Bréfritari: Ólafur Ólafsson
Viðtakandi: Jón Borgfirðingur
Dagsetning: A-1858-10-30
Skrifað á: Syðra-Vallholti  Skag.

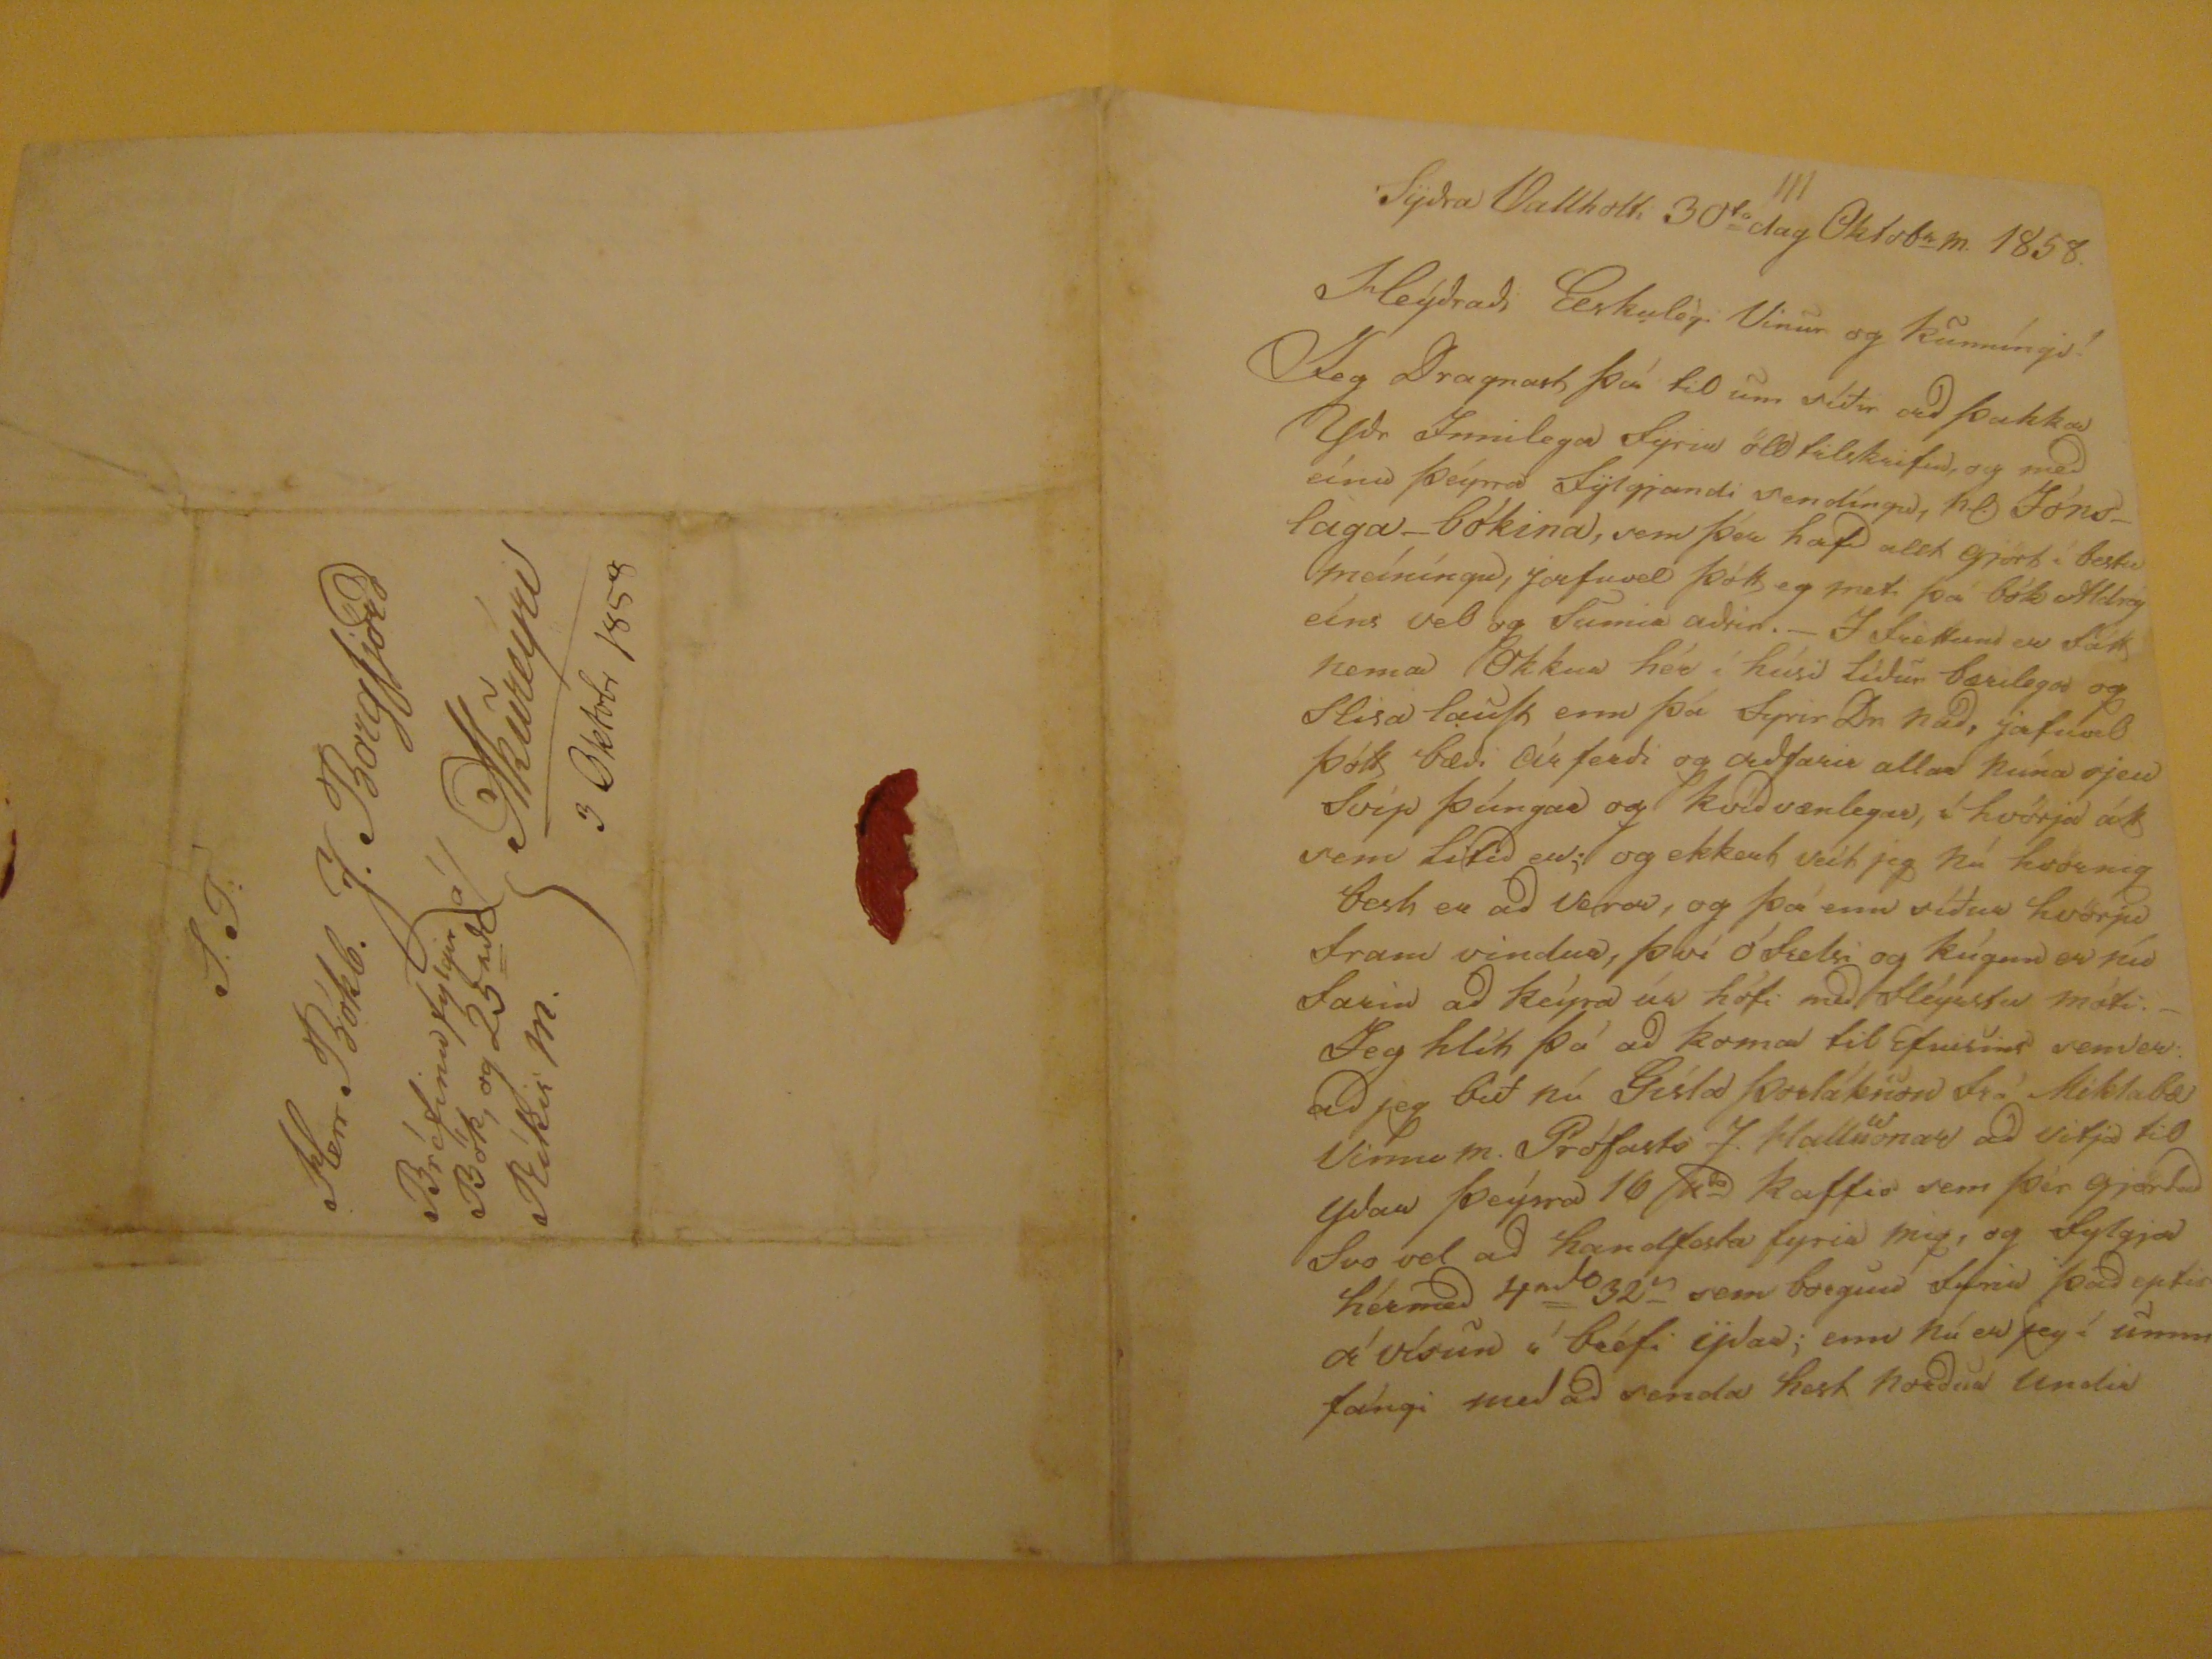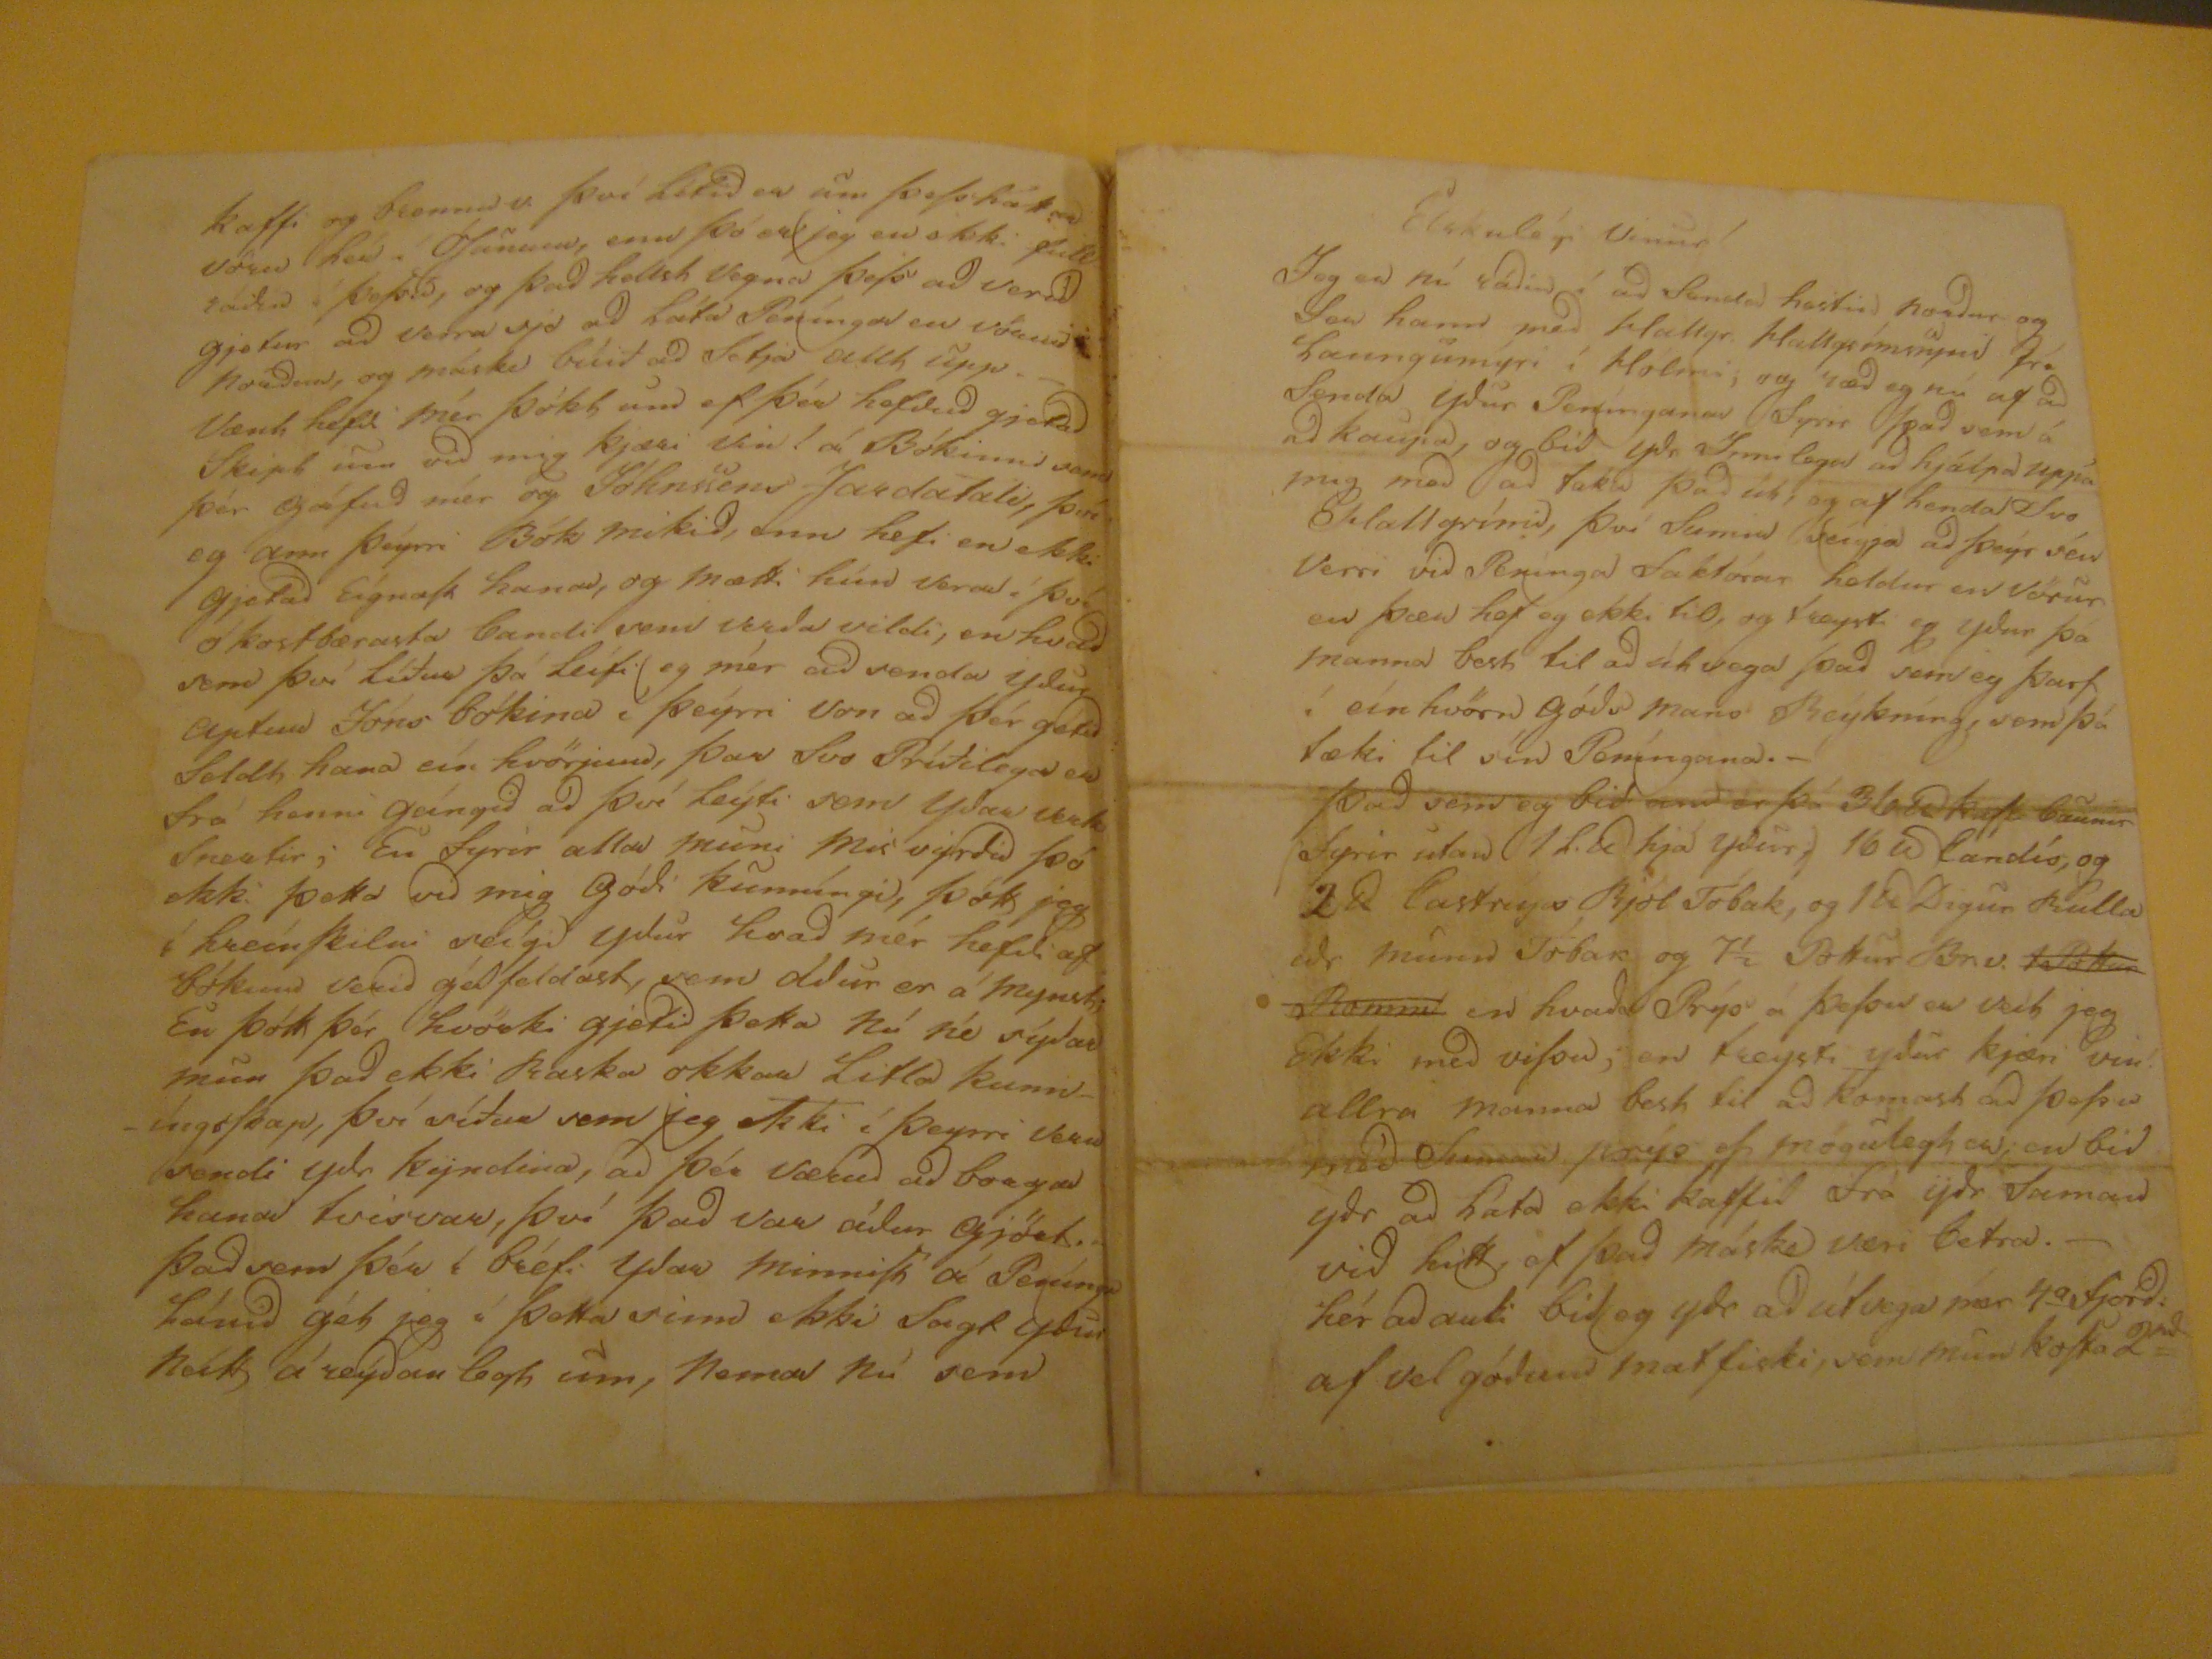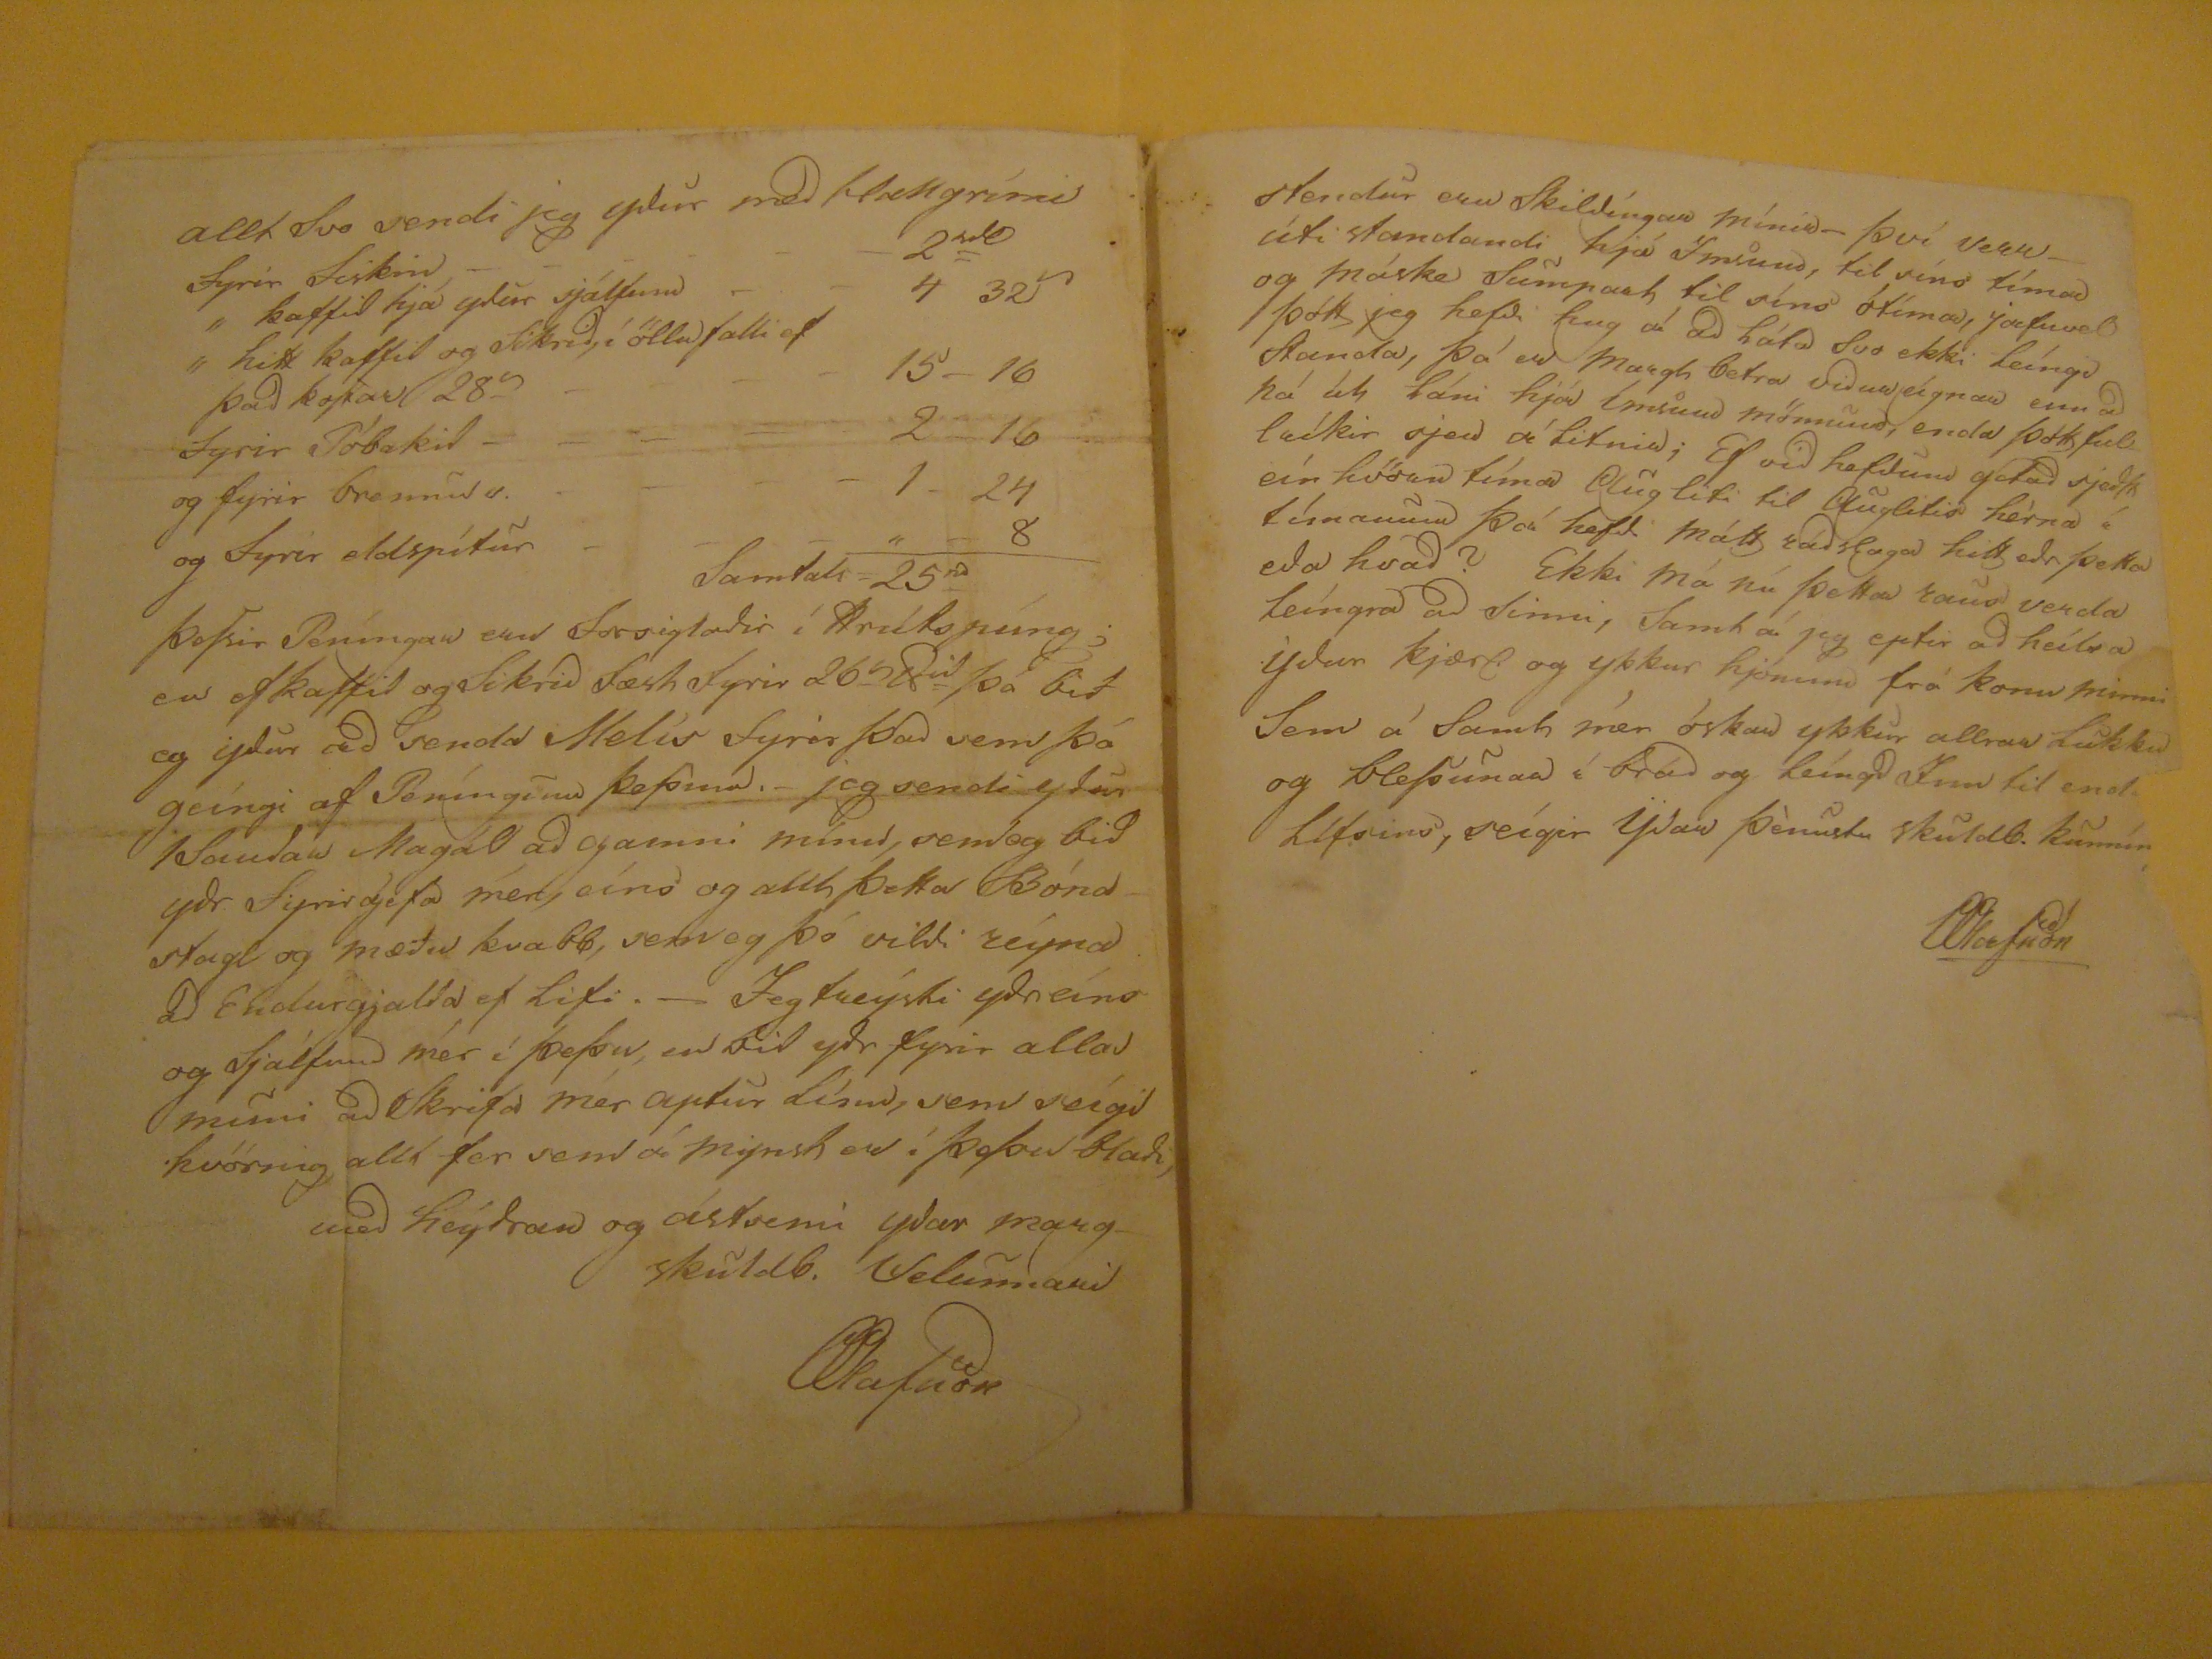

Sÿdra Vallholti 30
ta
dag Oktobr m. 1858.
Heýdradi Elskulegi Vinur og kunníngi!
Jeg Dragnast þá til um síðir ad þakka Ydr Innilega fyrir öll tilskrifin, og med eínu þeýrra fÿlgjandi sendíngu, hr, Jónslaga-bókina, sem þér hafd allt gjört í bestu meíníngu, jafnvel þótt eg met þá bók Aldrey eíns vel og Sumir adrir.- I frèttum er fátt nema Okkur hér í húsi lídur bærilega og flisa lauSt enn þá fyrir Dr nád, jafnvel þótt bædi ár ferdi og audfarir allan núna sjeu Svip þúngar og kvídvænlegar, í hvörja átt sem litid er; og ekkert veit jeg nú hvörnig best er ad vera, og þá enn síður hvörju fram vindur, því ófrelsi og kúgun er nú farin ad keýra úr hófi med fleysstu móti.- Jeg hlít þó ad koma til Efnisins sem er ad jeg bið nú Gísla Þorláksson frá Miklabæ vinnum. Prófasts J. Hallsonar ad vitja til ydar þeýrra 16
ta
kaffi sem þér gjördud Svo vel ad handfesta fyrir mig, og fylgja hermed 4
rd
32
s
sem borgun fyrir þad eptir á vísun í bréfi ÿdar; enn nú er jeg í ummfángi med ad senda hest nordur undir
kaffi og
konnu v.
því lítid er um þeSsháttar vörur hér í
Hununum
, enn þó er jeg en ekki full sádur í
ÞoSsid
, og þad hellst vegna þeSs ad verid gjefur ad verra sje ad láta Penínga en vörur Nordur, og máski búið ad Setja allt upp.-
Vænt hefdi mér þókt um ef þér hefdud gjetad Skipt um vid mig kjæri vin! á Bókinni sem þér gáfud mér og Jóhnssens
Jardatali
, því og ann þeyrri Bók mikid, enn hefi en ekki gjetad EignaSt hana, og mætti hún vera í því ókostbærasta bandi sem verda vildi, en hvad sem því líður þá leifi eg mér ad senda ydur aptur Jóns bókina í þeyrri von ad þér getid Seldt hana eín hvörjum, þar Svo Príðilega en frá henni gángid ad því leyfi sem ydar verda Snertir; En fyrir alla muni mis vyrdid þó ekki þetta vid mig gódi kunníngi, þótt jeg í hreínSkilni seígi ydur hvad mér hefdi af bókum verid gódfeldast, sem
aldur
er á mynst; En þótt þér hvörki gjefid þetta Nú né sýdar mun þad ekki Raska okkar Litla kunníngsSkap, því síður sem jeg ekki í þeyrri verid sendi ydr kyndina, ad þér værud ad borga hana tvisvar, því þad var ádur gjört. þad sem þér í Bréfi ydar minniSt á Penínga lánid gét jeg í þetta sinn ekki ekki Sagt ydur neitt á reydan legt um, Nema Nú sem
stendur eru Skildíngar mínir- því verr- úti standandi hjá Ymsum, til síns tíma og máske lumpast til síns ótíma, jafnvel þótt jeg hefdi hug á ad láta Svo ekki leíngi Standa, þá er margt betra vidureignar enn ad ná út láni hjá ímsum mönnum, enda þótt
fullíkir
sjed á litnir; Ef vid hefdum getad sjed ein hvörn tíma Augliti til Auglitis hérna í tímanum þá hefdi mátt rádslaga hitt edr þetta eda hvad? Ekki má nú þetta raus verda leíngra ad sinni, Samt á jeg eptir ad heilsa ydur kjær og ykkur hjónum frá konu minni Sem á Samt mér óskar ykkur allrar lukku og bleSsunar í brád og leingd Inn til enda lífsins, seígir ÿdar þènustu skuldb. kunníng
OOlafsson
S.T.
Herr Bókb. J. Borgfjörd
á/ Akureyri
Bréfinu fylgir Bók, og 25rd Ríkism.
3 Oktobr 1858